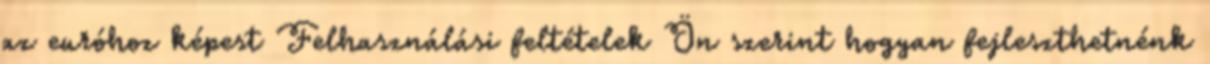
az euróhoz képest Felhasználási feltételek Ön szerint hogyan fejleszthetnénk